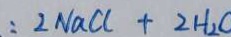
: 2 N a C l + 2 H _ { 2 }